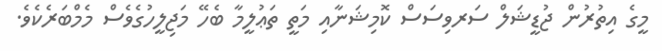
މީގެ އިތުރުން ޖުޑީޝަލް ސަރވިސަސް ކޮމިޝަނާއި މަތީ ތަޢުލީމާ ބެހޭ މަޖިލީހުގެވެސް މެމްބަރެކެވެ.